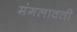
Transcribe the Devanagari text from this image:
मंगलावती